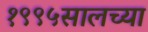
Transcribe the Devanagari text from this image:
१९९५सालच्या